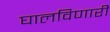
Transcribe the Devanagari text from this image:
घालविणारी